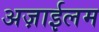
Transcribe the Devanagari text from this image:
अज़ाईलम